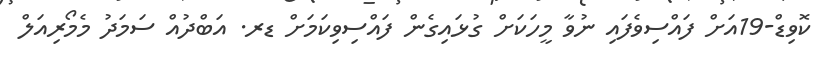
ކޮވިޑް-19އަށް ފައްސިވެފައި ނުވާ މީހަކަށް ގުޅައިގެން ފައްސިވިކަމަށް ޑރ. އަބްދުއް ސަމަދު މެމޯރިއަލް